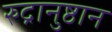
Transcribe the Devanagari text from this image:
रुद्रानुष्ठान